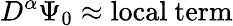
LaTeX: D^{\alpha}\Psi_{0}\approx\mathrm{{local\ term}}